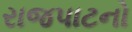
રાજપાટનો